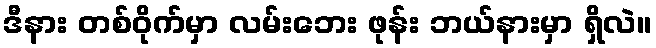
ဒီနား တစ်ဝိုက်မှာ လမ်းဘေး ဖုန်း ဘယ်နားမှာ ရှိလဲ။